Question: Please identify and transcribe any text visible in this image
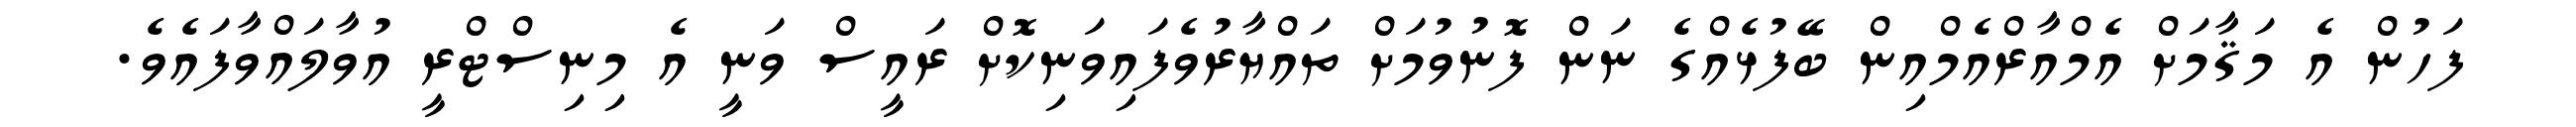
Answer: ފަހުން އެ މަޤާމަށް އެމްއާރްއެމްއިން ބޭފުޅެއްގެ ނަން ފޮނުވުމަށް ތައްޔާރުވެފައިވަނިކޮށް ރައީސް ވަނީ އެ މިނިސްޓްރީ އުވާލައްވާފައެވެ.